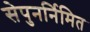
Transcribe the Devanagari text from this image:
सेपुनर्निमित